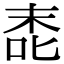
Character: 唜